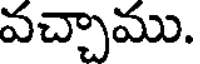
వచ్చాము.